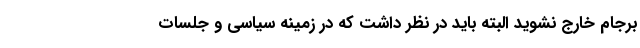
برجام خارج نشوید البته باید در نظر داشت که در زمینه سیاسی و جلسات